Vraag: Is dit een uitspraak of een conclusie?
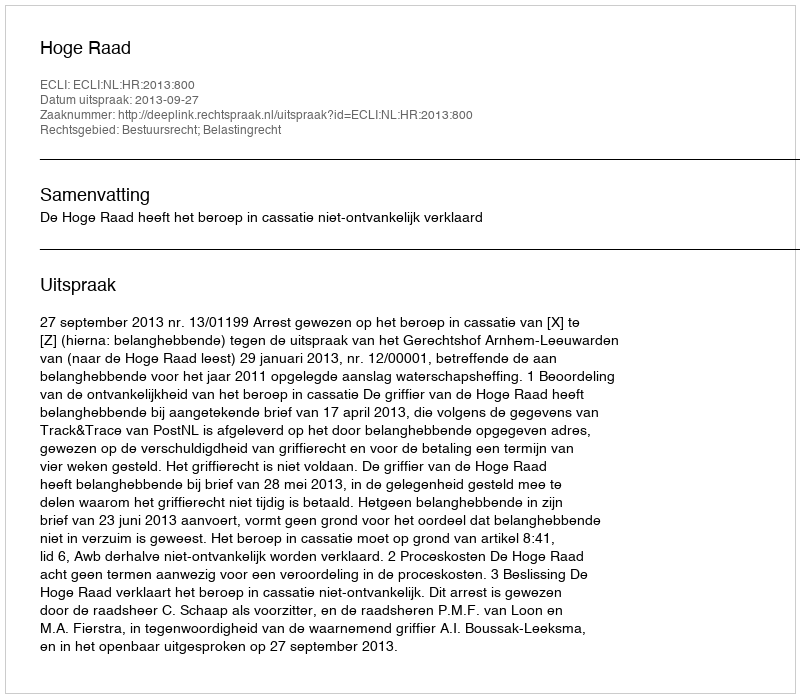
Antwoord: Uitspraak